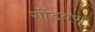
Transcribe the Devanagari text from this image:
गोंडवण